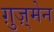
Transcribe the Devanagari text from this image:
ग़ुज़्मेन